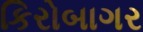
કિરોબાગર